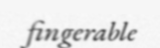
fingerable